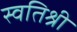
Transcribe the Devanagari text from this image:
स्वतिश्री